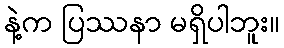
နဲ့က ပြဿနာ မရှိပါဘူး။